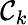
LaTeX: \mathcal{C}_{k}